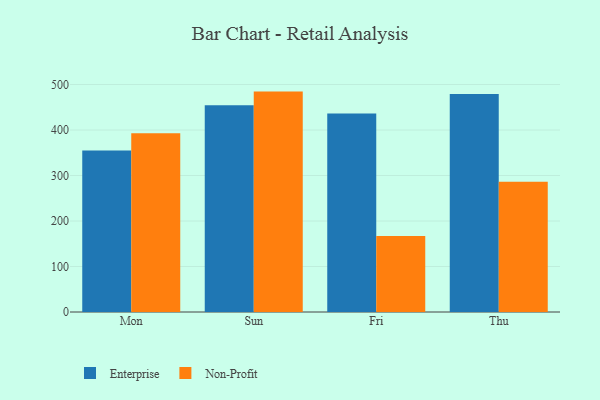
{"axis": {"x": "Day", "y": "Net Income (USD K)"}, "legend": ["Enterprise", "Non-Profit"], "data": [{"x": "Mon", "y": 354.7, "type": "Enterprise"}, {"x": "Mon", "y": 392.6, "type": "Non-Profit"}, {"x": "Sun", "y": 454.4, "type": "Enterprise"}, {"x": "Sun", "y": 484.4, "type": "Non-Profit"}, {"x": "Fri", "y": 436.3, "type": "Enterprise"}, {"x": "Fri", "y": 167.1, "type": "Non-Profit"}, {"x": "Thu", "y": 479.3, "type": "Enterprise"}, {"x": "Thu", "y": 286.3, "type": "Non-Profit"}]}